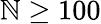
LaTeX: \mathbb{N}\geq100